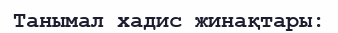
Танымал хадис жинақтары: